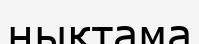
нықтама